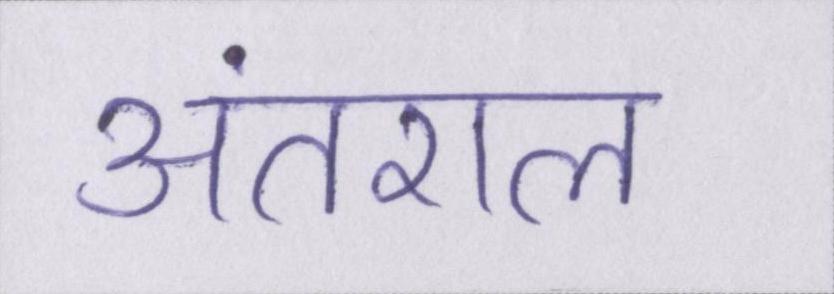
अंतराल